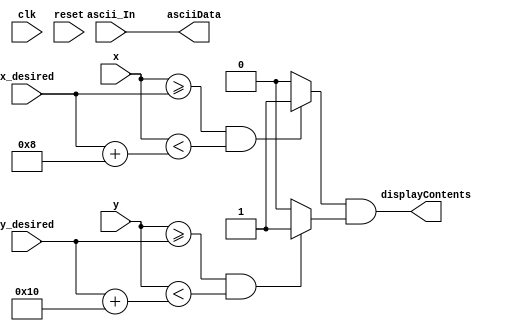
module textGeneration(input clk, input reset,
                     input [6:0] ascii_In,
                     input [9:0] x_desired, y_desired,
                     input [9:0] x,y,
                     output [6:0] asciiData,
                     output displayContents);
    wire horizontalOn, verticalOn;
    //Module receives x and y coordinates for a 640 x 480 display resolution and sends out ASCII data
    //Output
    
    assign asciiData = ascii_In; //Buffer the input to the output
    assign horizontalOn = (x >= x_desired && x < x_desired + 10'd8) ? 1 : 0; //Assert horizontalOn for 7 more pixels from desired X
    assign verticalOn = (y >= y_desired && y < y_desired + 10'd16) ? 1 : 0; //Assert verticalOn for 15 more pixels from desired Y
    assign displayContents = horizontalOn && verticalOn; //content of ROM should be displayed at these desired X,Y range
endmodule